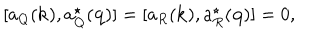
[ a _ { Q } ( { \bf k } ) , a _ { Q } ^ { \star } ( { \bf q } ) ] = [ a _ { R } ( { \bf k } ) , a _ { R } ^ { \star } ( { \bf q } ) ] = 0 ,